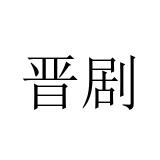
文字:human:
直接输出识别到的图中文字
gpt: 晋剧